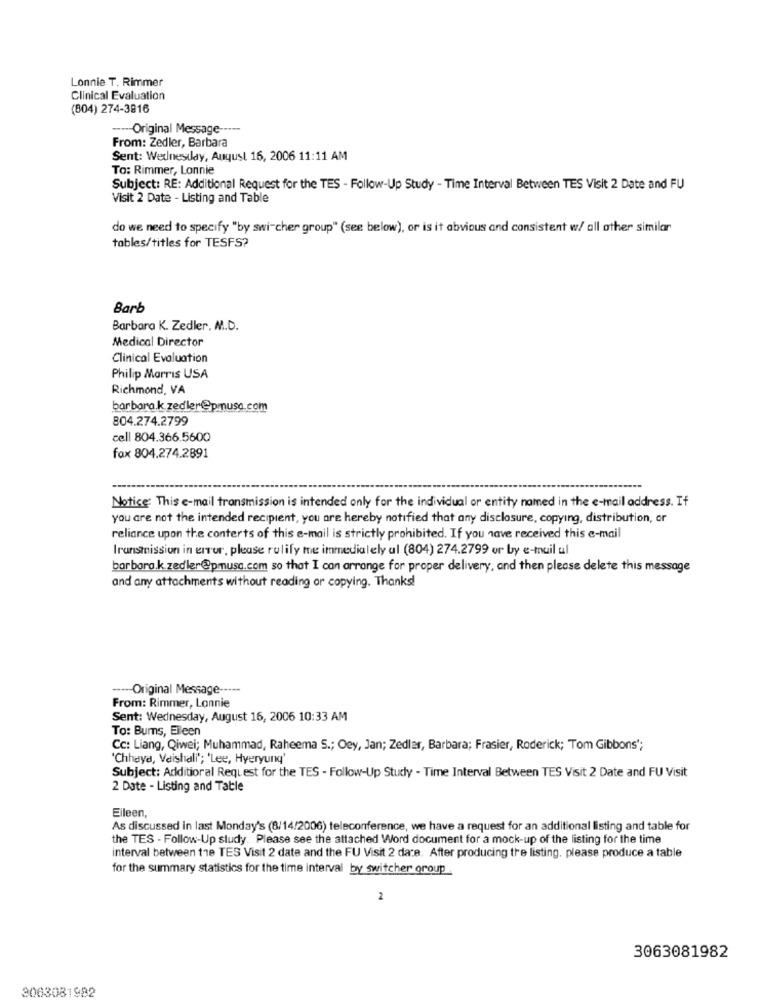
Lonnie T. Rimmer
Clinical Evaluation
(804) 274-3816
----- Original Message -----
From: Zedler, Barbara
Sent: Wednesday, August 16, 2006 11:11 AM
To: Rimmer, Lonnie
Subject: RE: Additional Request for the TES - Follow-Up Study - Time Interval Between TES Visit 2 Date and FU
Visit 2 Date - Listing and Table
do we need to specify "by swi-cher group" (see below), or is it abvious and consistent w/ all other similar
tables/titles for TESFS?
Barb
Barbara K. Zedler, M.D.
Medical Director
Clinical Evaluation
Philip Morris USA
Richmond, VA
barbara.k.zedler@pmusa.com
804.274.2799
cell 804.366.5600
fox 804.274.2891
Notice: This e-mail transmission is intended only for the individual or entity named in the e-mail address. If
you are not the intended recipient, you are hereby notified that any disclosure, copying, distribution, or
reliance upon the conterts of this e-mail is strictly prohibited. If you have received this e-mail
Iranstmission in error, please rulify me immediately al (804) 274.2799 or by e-mail ul
barbara.k.zedler@pmusa.com so that I can arrange for proper delivery, and then please delete this message
and any attachments without reading or copying. Thanks!
----- Original Message -----
From: Rimmer, Lonnie
Sent: Wednesday, August 16, 2006 10:33 AM
To: Bums, Eileen
Cc: Liang, Qiwei; Muhammad, Raheema S .; Oey, Jan; Zedler, Barbara; Frasier, Roderick; Tom Gibbons";
'Chhaya, Vaishali'; 'Lee, Hyeryung'
Subject: Additional Request for the TES - Follow-Up Study - Time Interval Between TES Visit 2 Date and FU Visit
2 Date - Listing and Table
Eileen,
As discussed in last Monday's (8/14/2006) teleconference, we have a request for an additional listing and table for
the TES - Follow-Up study. Please see the attached Word document for a mock-up of the listing for the time
interval between the TES Visit 2 date and the FU Visit 2 dare. After producing the listing. please produce a table
for the summary statistics for the time interval by switcher group
2
3063081982
3063081982